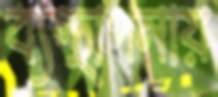
ব্যস্থাপনায়